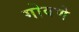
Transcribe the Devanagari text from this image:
गोवणे